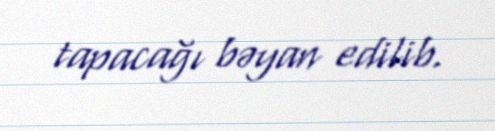
tapacağı bəyan edilib.